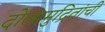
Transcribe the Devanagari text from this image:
दोलामुद्रितांची